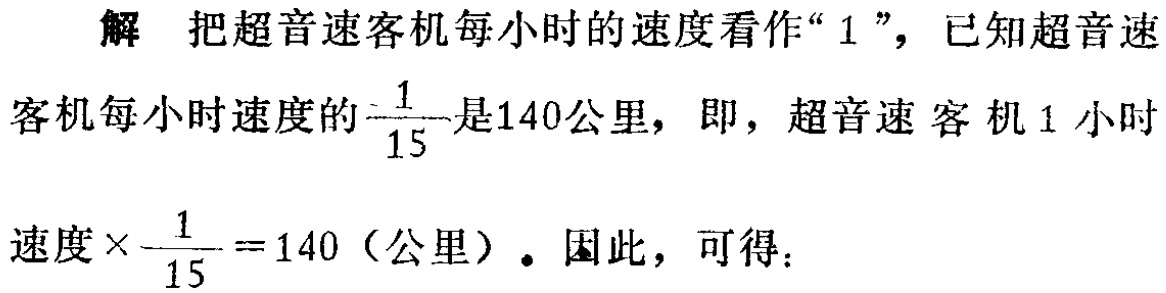
解 把超音速客机每小时的速度看作“$1$”，已知超音速客机每小时速度的$\frac{1}{15}$是140公里，即，超音速客机1小时速度$\times\frac{1}{15}=140$（公里）. 因此，可得：